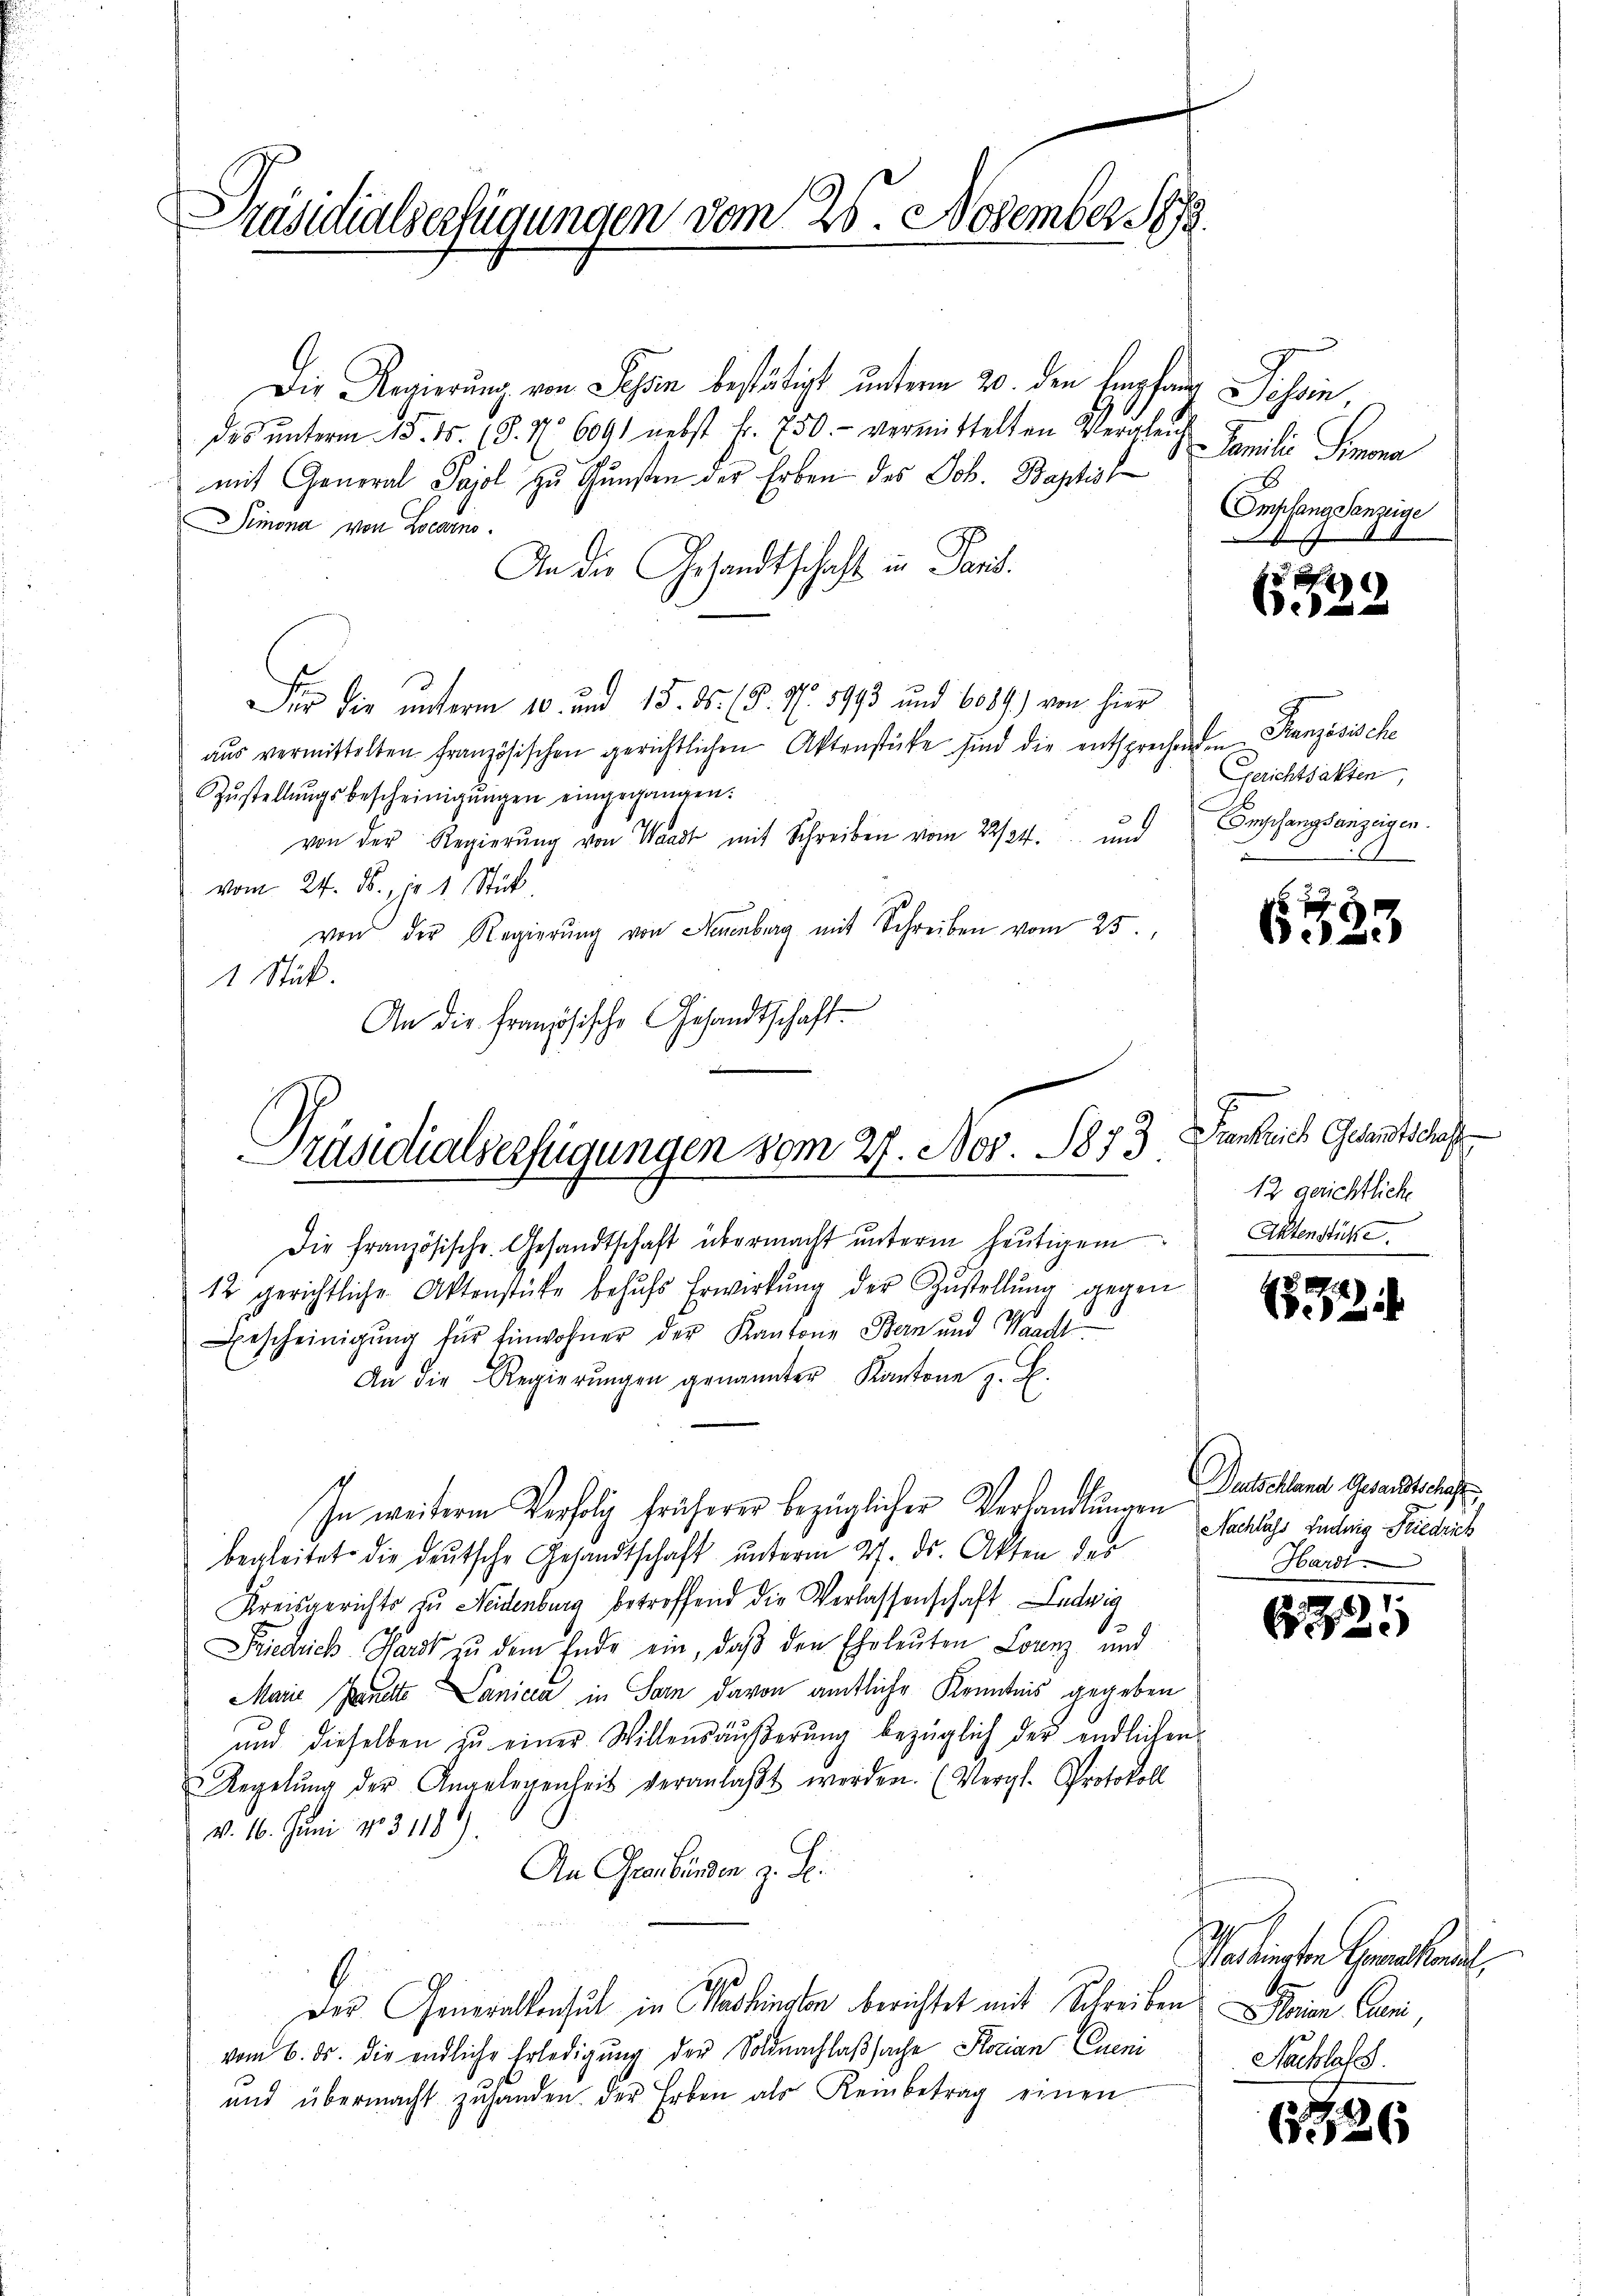
Präsidialserfügungen vom 25. November S

Die Regierung von Schon bestätigt unterm 20. den Empfang Sohn,
des ŭnterm 18. ds. (S. 16091 nebst Fr. 750.- vermittelten Vergleich
mit General Pajol zu Gunsten der Erben des Joh. Baptis
Simona von Locarno.
An die Gesandtschaft in Paris.
Dir die unterm 10. und 15. ds. (§. 7. 1993 und 6089) von hier
aŭs vermittelten Französischen gerichtlichen Aktenstücke sind die entsprechenden Französische
Zŭstellŭngsbescheinigŭngen eingegangen:
von der Regierŭng von Waadt mit Schreiben vom 22/24. und Empfangsanzeigen.
vom 24. ds., je 1 Stick
von der Regierŭng von Neuenburg mit Schreiben vom 25.
1 Stück.
An die französische Gesandtschaft

C
Präsidialverfügungen vom 27. Nov. 1873.

Die französische Gesandtschaft übermacht unterm heutigem
12 gerichtliche Aktenstücke behŭfs Erwirkŭng der Zustellŭng gegen
Bescheinigŭng für Einwohner der Kantone Bern und Waadt
An die Regierŭngen genannter Kantone z. B.
In weiterem Verfolg früherer bezüglicher Verhandlungen
begleitet die deutsche Gesandtschaft unterm 27. ds. Akten das
Kreisgerichts zu Neidenburg betroffend die Verlassenschaft Ludwig
.
Diedrich Hardt zu dem Ende ein, daβ den Ehrleuten Loanz, und
Marie Pandte Lanica in Sarn davon amtliche Kenntnis gegeben
und dieselben zu einer Willensäußerung bezüglich der endlichen
Regelŭng der Angelegenheit veranlaβt werden. (Vergl. Protokoll
v. 16. Juni No 3118).
An Graubünden z. Se
er
Der Generaltenhut in Washington berichtet mit Schreiben Seien Curi,
vom 6. ds. die endliche Erledigung der Soldnachlaßsache Storian Cueni
und übermacht zŭ handen. Der Erben als Reinbetrag einen

Familie Simona
Empfang denzige

e

Gerichtsakten
7

6.3.)

Kanklich Gesandtschaft
12 gerichtliche
Aktenstücke.

2
i

Deutschland Gesandtschaft
Nachlass Luduig Friedrich
Hardt

)
6721

hediensten Gemeindel
S
Nachlafe

6326